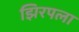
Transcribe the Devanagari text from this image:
झिरपला